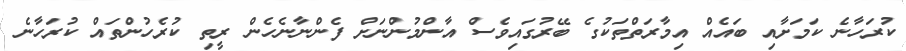
ކުރަހާނެ ކަމަށާއި ބައެއް އިމާރަތްތަކުގެ ބޭރުގައިވެސް އާންމުންނަށް ފެންނާނެހެން ރީތި ކުރެހުންތައް ކުރަހާނެ